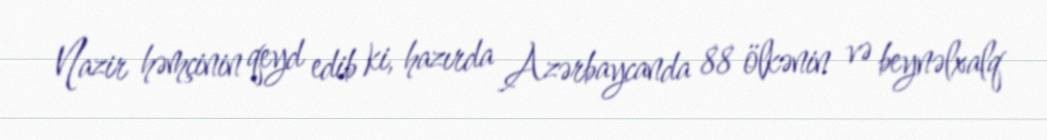
Nazir həmçinin qeyd edib ki, hazırda Azərbaycanda 88 ölkənin və beynəlxalq